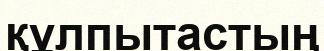
құлпытастың